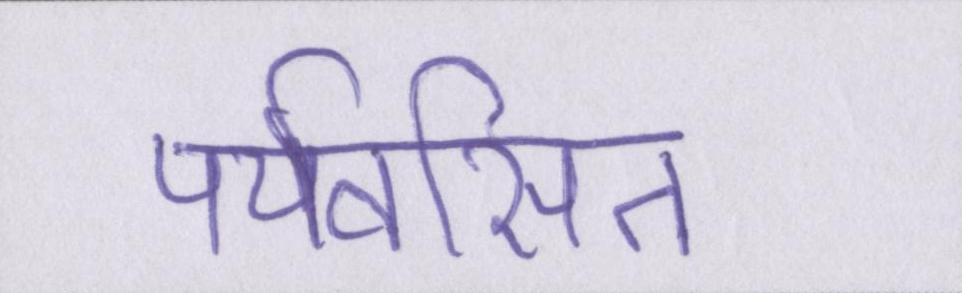
पर्यवसित